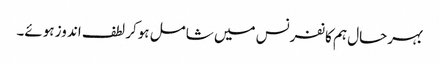
بہرحال ہم کانفرنس میں شامل ہوکر لطف اندوز ہوئے۔